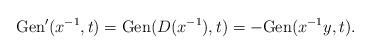
LaTeX: \begin{align*}\mathrm{Gen}'(x^{-1},t)=\mathrm{Gen}(D(x^{-1}),t)=-\mathrm{Gen}(x^{-1}y,t).\end{align*}